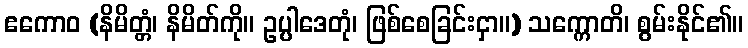
ဧကောဝ (နိမိတ္တံ၊ နိမိတ်ကို။ ဥပ္ပါဒေတုံ၊ ဖြစ်စေခြင်းငှာ။) သက္ကောတိ၊ စွမ်းနိုင်၏။